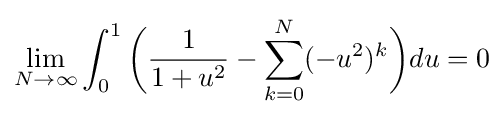
\lim _{N\to \infty }\int _{0}^{1}{\biggl (}{\frac {1}{1+u^{2}}}-\sum _{k=0}^{N}(-u^{2})^{k}{\biggr )}du=0